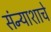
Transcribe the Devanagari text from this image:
संन्याशाचे